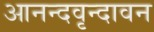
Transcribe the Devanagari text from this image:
आनन्दवृन्दावन